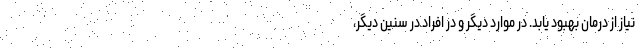
نیاز از درمان بهبود یابد. در موارد دیگر و در افراد در سنین دیگر،